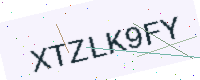
Text: XTZLK9FY